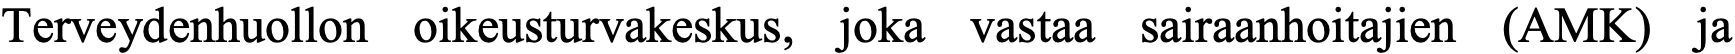
Terveydenhuollon oikeusturvakeskus, joka vastaa sairaanhoitajien (AMK) ja